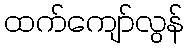
ထက်ကျော်လွန်